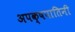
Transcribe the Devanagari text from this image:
अपक्षपातिनी